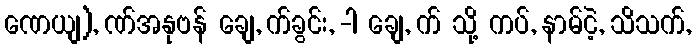
ဏေယျ), ဏ်အနုဗန် ချေ, က်ခွင်း, -ါ ချေ, က် သို့ ကပ်, နာမ်ငဲ့, သိသက်,